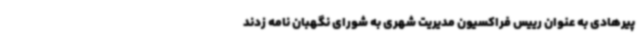
پیرهادی به عنوان رییس فراکسیون مدیریت شهری به شورای نگهبان نامه زدند